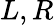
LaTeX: L,R